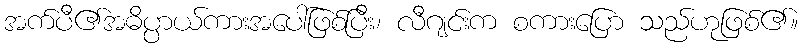
အက်ပီ၏အဓိပ္ပာယ်ကားအပေါ်ဖြစ်ပြီး၊ လီဂျင်းက စကားပြော သည်ဟုဖြစ်၏။